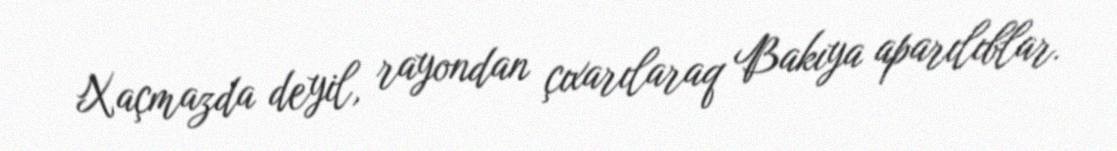
Xaçmazda deyil, rayondan çıxarılaraq Bakıya aparılıblar.